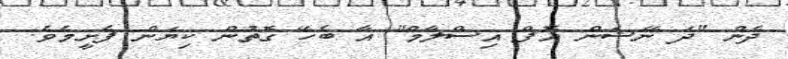
ދެން "ދަ ނޭޝަން އޮފް އިސްލާމް" އާ ބެހޭ ގޮތުން ކިޔަން ފެށީމެވެ.